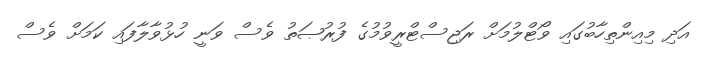
އަދި މިއިންތިހާބުގައި ވޯޓްލުމަށް ރަޖިސްޓްރީވުމުގެ ފުރުޞަތު ވެސް ވަނީ ހުޅުވާލާފައި ކަމަށް ވެސް